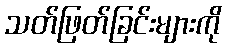
သတ်ဖြတ်ခြင်းများကို